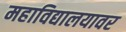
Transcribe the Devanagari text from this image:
महाविद्यालयावर